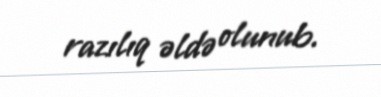
razılıq əldə olunub.